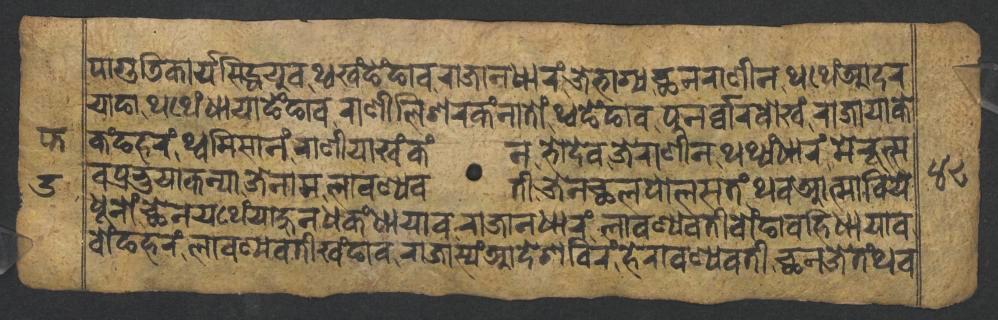
𑐥𑐵𑐐𑐸𑐜𑐶𑐎𑐵𑐬𑑂𑐫𑐳𑐶𑐡𑑂𑐢𑐫𑐸𑐰𑐠𑑂𑐰𑐏𑑄𑐒𑐾𑑄𑐒𑐵𑐰𑐬𑐵𑐖𑐵𑐣𑐢𑐵𑐬𑑄𑐖𑐾𑐨𑐵𑐐𑑂𑐫𑐕𑐣𑐬𑐵𑐞𑐷𑐣𑐠𑐠𑐾𑑄𑐁𑐡𑐬 𑐫𑐵𑐒𑐵𑐠𑐠𑐾𑑄𑐢𑐵𑐫𑐵𑐒𑐾𑑄𑐒𑐵𑐰𑐬𑐵𑐞𑐷𑐮𑐶𑐱𑐬𑐎𑑄𑐣𑐵𑐟𑑀𑑄𑐠𑑂𑐰𑐒𑐾𑑄𑐒𑐵𑐰𑐥𑐸𑐣𑐬𑑂𑐰𑑂𑐰𑐵𑐬𑐧𑑀𑐏𑑄𑐬𑐵𑐖𑐵𑐫𑐵𑐎𑐾 𑐎𑑄𑐒𑐴𑐬𑑄𑐠𑑂𑐰𑐩𑐶𑐳𑐵𑐣𑐬𑐵𑐞𑐷𑐫𑐵𑐏𑑄𑐎𑑄𑐣𑐨𑑀𑐡𑐾𑐰𑐖𑐾𑐬𑐵𑐞𑐷𑐣𑐠𑐠𑑂𑐫𑑄𑐢𑐵𑐬𑑄𑐩𑐾𑐬𑐹𑐟𑑂𑐳 𑐰𑐥𑑂𑐬𑐨𑐸𑐫𑐵𑐎𑐣𑑂𑐫𑐵𑐖𑐾𑐣𑐵𑐩𑐮𑐵𑐰𑐞𑑂𑐫𑐰𑐟𑐷𑐖𑐾𑐣𑐕𑐮𑐥𑑀𑐮𑐳𑐟𑑄𑐠𑐰𑐁𑐟𑑂𑐩𑐵𑐧𑐶𑐫𑐾 𑐢𑐹𑐣𑑀𑑄𑐕𑐾𑐣𑐫𑐠𑐾𑑄𑐫𑐵𑐴𑐸𑐣𑐢𑐎𑑄𑐢𑐵𑐫𑐵𑐰𑐬𑐵𑐖𑐵𑐣𑐢𑐵𑐬𑑄𑐮𑐵𑐰𑐞𑑂𑐫𑐰𑐟𑐷𑐧𑑀𑑄𑐒𑐵𑐰𑐴𑐶𑐢𑐵𑐫𑐵𑐰 𑐧𑑀𑑄𑐒𑐴𑐬𑑄𑐮𑐵𑐰𑐞𑑂𑐫𑐰𑐟𑐷𑐏𑑄𑐒𑐵𑐰𑐬𑐵𑐖𑐵𑐳𑑂𑐫𑑄𑐁𑐡𑐾𑐱𑐧𑐶𑐬𑑄𑐴𑐾𑐬𑐵𑐰𑐞𑑂𑐫𑐰𑐟𑐷𑐕𑐣𑐖𑐾𑐟𑑄𑐠𑐰